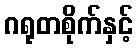
ဂရုတစိုက်နှင့်